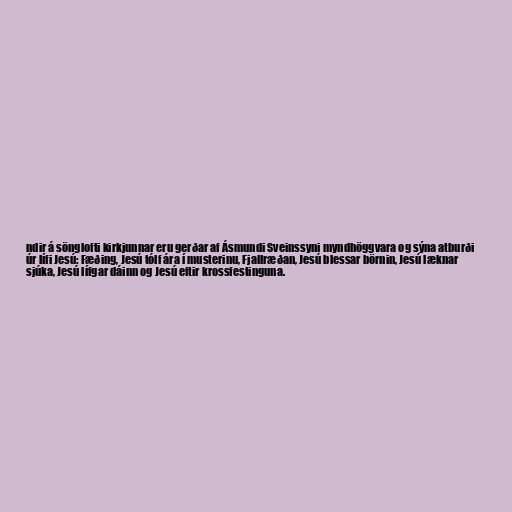
ndir á sönglofti kirkjunnar eru gerðar af Ásmundi Sveinssyni myndhöggvara og sýna atburði
úr lífi Jesú: Fæðing, Jesú tólf ára í musterinu, Fjallræðan, Jesú blessar börnin, Jesú læknar
sjúka, Jesú lífgar dáinn og Jesú eftir krossfestinguna.